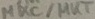
Text: MKC/MKT